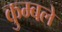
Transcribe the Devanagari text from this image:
कुम्बले